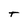
Character: t